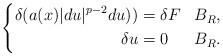
LaTeX: \begin{align*}\left\lbrace \begin{aligned}\delta ( a(x) \lvert du \rvert^{p-2} du) ) &= \delta F && B_{R},\\\delta u &= 0 && B_{R}.\end{aligned} \right. \end{align*}